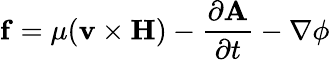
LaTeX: \mathbf{f}=\mu(\mathbf{v}\times\mathbf{H})-{\frac{\partial\mathbf{A}}{\partial t}}-\nabla\phi